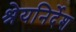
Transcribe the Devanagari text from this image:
श्रेयनिर्देश